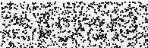
ៗ ប្តី ប្រពន្ធ ភូមិ